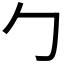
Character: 勹